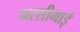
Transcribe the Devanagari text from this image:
नरसीभाई